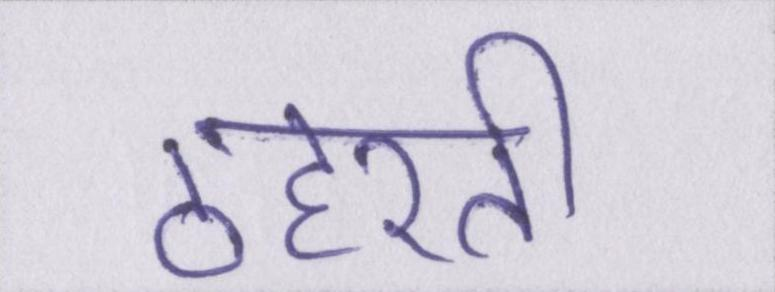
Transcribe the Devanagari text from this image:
ठहरती